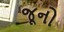
જૂનો